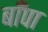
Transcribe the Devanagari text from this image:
बाँपा